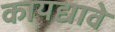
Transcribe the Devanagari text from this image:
कायद्यावे